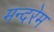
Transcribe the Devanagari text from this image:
मन्दरेम